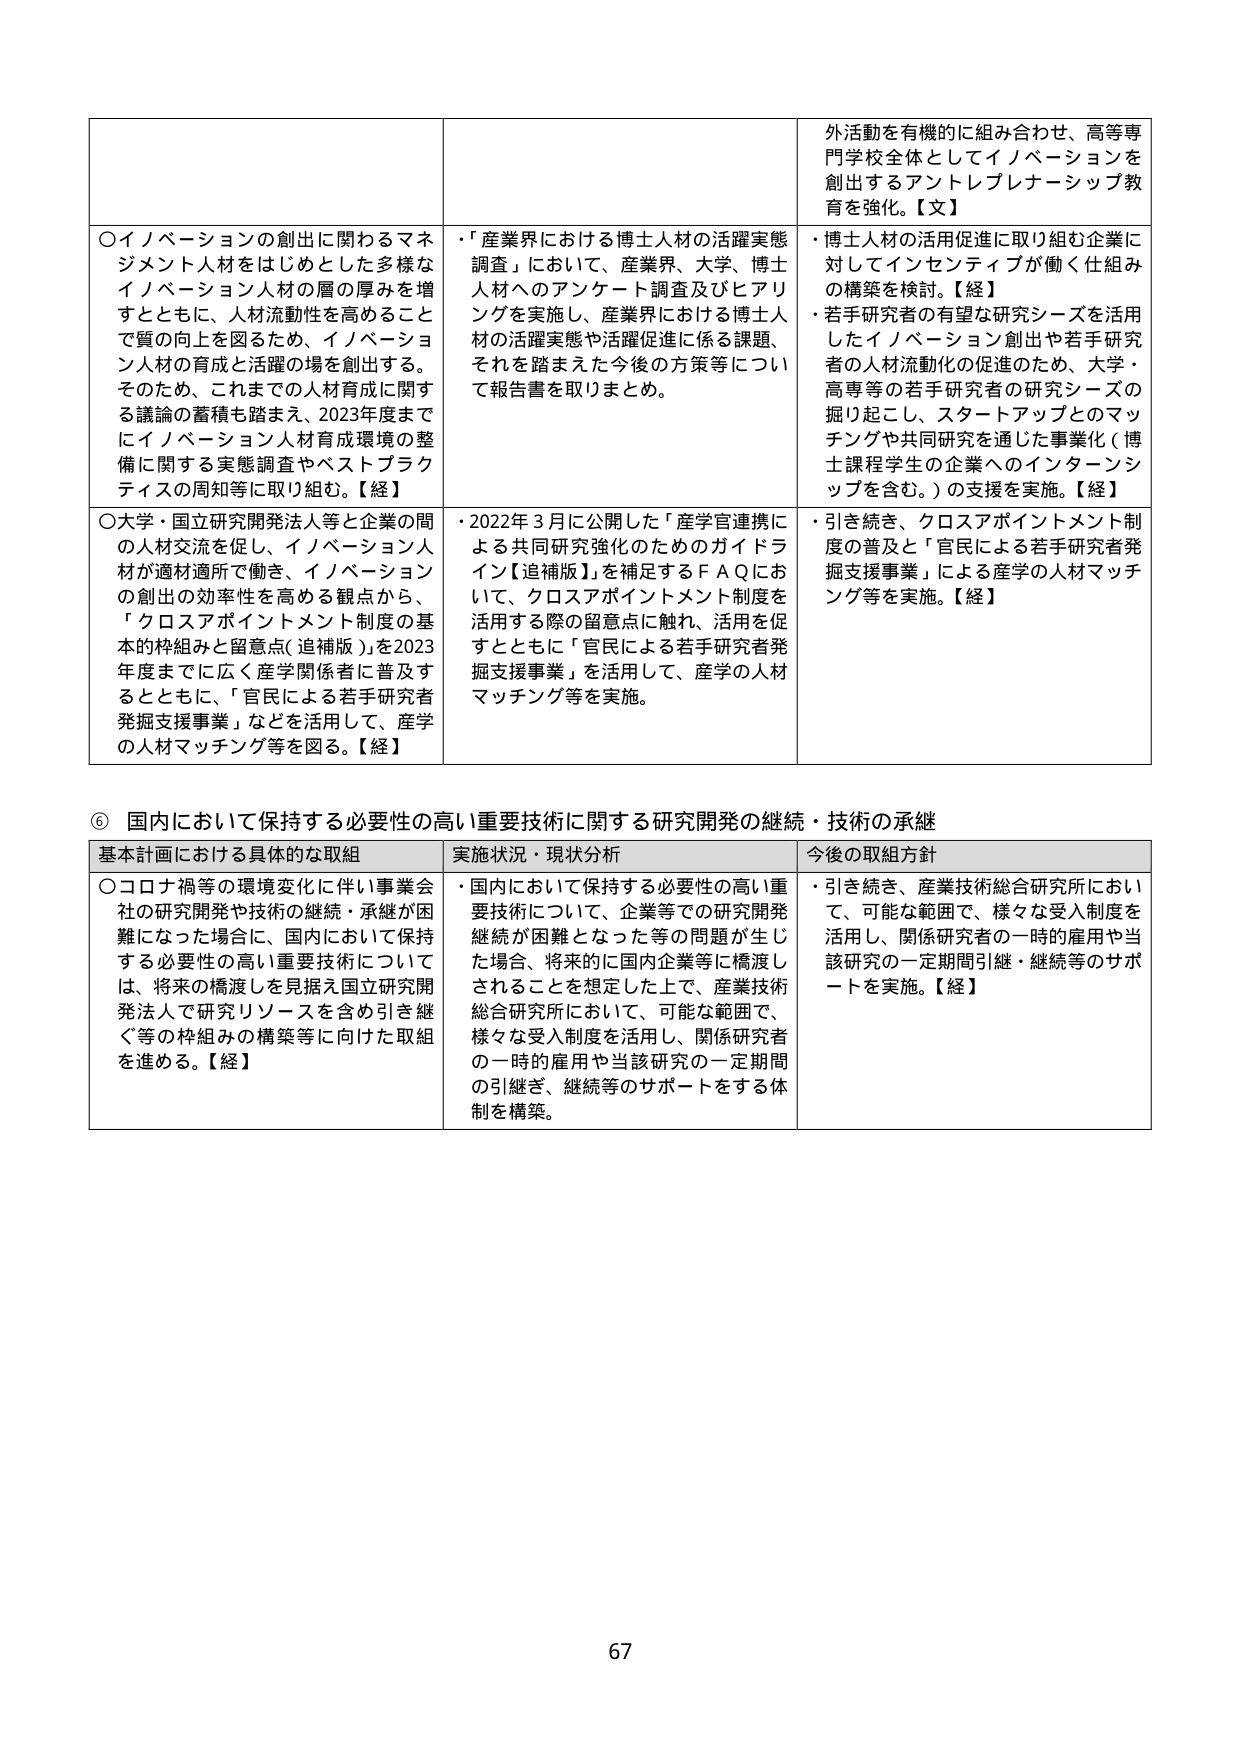
外活動を有機的に組み合わせ、高等専門学校全体としてイノベーションを創出するアントレプレナーシップ教育を強化。【文】

○イノベーションの創出に関わるマネジメント人材をはじめとした多様なイノベーション人材の層の厚みを増すとともに、人材流動性の高めることで質の向上を図るため、イノベーション人材の育成と活躍の場を創出する。そのため、これまでの人材育成に関する議論の蓄積も踏まえ、2023年度までにイノベーション人材育成環境の整備に関する実態調査やベストプラクティスの周知等に取り組む。【経】

・「産業界における博士人材の活躍実態調査」において、産業界、大学、博士人材へのアンケート調査及びヒアリングを実施し、産業界における博士人材の活躍実態や活躍促進に係る課題、それを踏まえた今後の方策等について報告書を取りまとめ。

・博士人材の活用促進に取り組む企業に対してインセンティブが働く仕組みの構築を検討。【経】

・若手研究者の有望な研究シーズを活用したイノベーション創出や若手研究者の人材流動化の促進のため、大学・高専等の若手研究者の研究シーズの掘り起こし、スタートアップとのマッチングや共同研究を通じた事業化（博士課程学生の企業へのインターンシップを含む。）の支援を実施。【経】

○大学・国立研究開発法人等と企業の間の人材交流を促し、イノベーション人材が適材適所で働き、イノベーションの創出の効率性を高める観点から、「クロスアポイントメント制度の基本的枠組みと留意点（追補版）」を2023年度までに広く産学関係者に普及するとともに、「官民による若手研究者発掘支援事業」などを活用して、産学の人材マッチング等を図る。【経】

・2022年3月に公開した「産学官連携による共同研究強化のためのガイドライン【追補版】」を補足するFAQにおいて、クロスアポイントメント制度を活用する際の留意点に触れ、活用を促すとともに「官民による若手研究者発掘支援事業」を活用して、産学の人材マッチング等を実施。

・引き続き、クロスアポイントメント制度の普及と「官民による若手研究者発掘支援事業」による産学の人材マッチング等を実施。【経】

⑥ 国内において保持する必要性の高い重要技術に関する研究開発の継続・技術の承継

基本計画における具体的な取組 実施状況・現状分析 今後の取組方針

○コロナ禍等の環境変化に伴い事業会社の研究開発や技術の継続・承継が困難になった場合に、国内において保持する必要性の高い重要技術については、将来の橋渡しを見据え国立研究開発法人で研究リソースを含め引き継ぐ等の枠組みの構築等に向けた取組を進める。【経】

・国内において保持する必要性の高い重要技術について、企業等での研究開発継続が困難となった等の問題が生じた場合、将来的に国内企業等に橋渡しされることを想定した上で、産業技術総合研究所において、可能な範囲で、様々な受入制度を活用し、関係研究者の一時的雇用や当該研究の一定期間の引継ぎ、継続等のサポートをする体制を構築。

・引き続き、産業技術総合研究所において、可能な範囲で、様々な受入制度を活用し、関係研究者の一時的雇用や当該研究の一定期間引継・継続等のサポートを実施。【経】

67